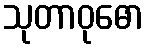
သုတာဝုဓော